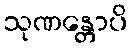
သုဏန္တောပိ